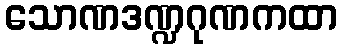
သောဏဒဏ္ဍဂုဏကထာ